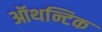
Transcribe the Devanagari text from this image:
ऑथन्टिक